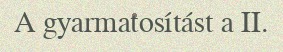
A gyarmatosítást a II.